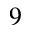
9